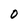
Character: O